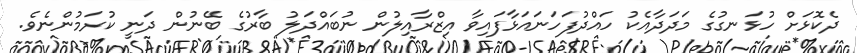
ދެކޮޅަށް ހުޅަނގުގެ މަދަދާއެކު ހައްދުފަހަނައަޅާފައިވާ އިޒްރާއިލުން ނުބައްދަލު ބާރުގެ ބޭނުން ދަނީ ކުރަމުންނެވެ.